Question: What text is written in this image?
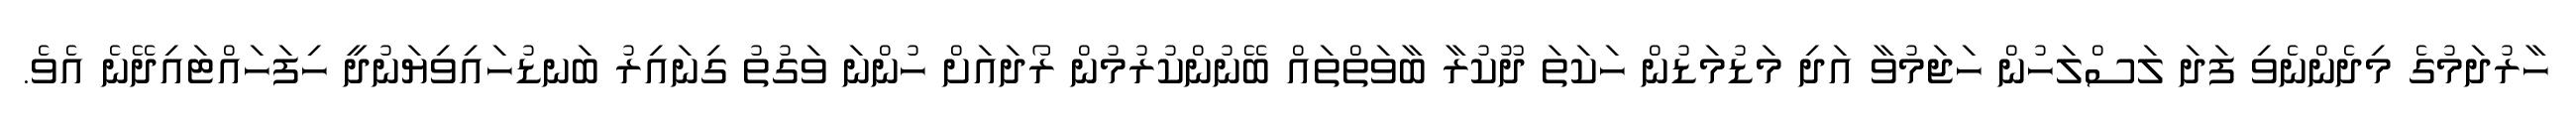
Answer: ހާރުދަމުގެ މިދެންނެވި ފަދަ ލަސްލަހުން ހަޖަމުވާ އަދި މަޑުމަޑުން ހަކަތަ ދޫކުރާ ބާވަތްތައް ބޭނުންކުރުމުން ރޯދައަށް ހުންނަ ވަގުތު ގިނައިރު ބަނޑުހައިވިޔަނުދީ ހިފަހައްޓައިދޭނެ އެވެ.